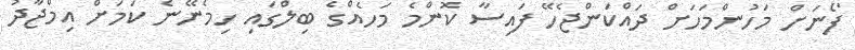
ފޯނަށް މަހުންމަހަށް ދައްކަންޖެހޭ ފައިސާ ކޮންމެ މަހެއްގެ ބިލްގައި ހިމެނޭނެ ކަމަށް އިމްޖާދު